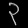
Digit: ၃